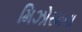
મિઝોરમના